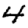
Digit: 4